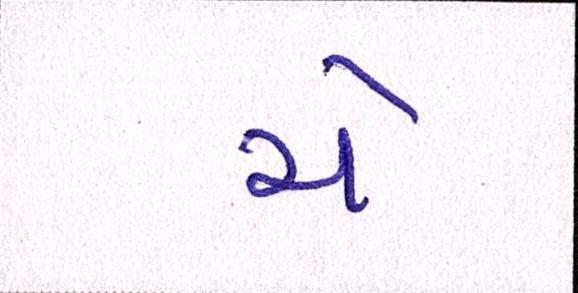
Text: ચે